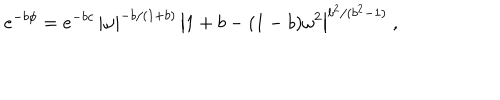
e ^ { - b \phi } = e ^ { - b c } \, { \left| \omega \right| } ^ { - b / ( 1 + b ) } \, { \left| 1 + b - ( 1 - b ) \omega ^ { 2 } \right| } ^ { b ^ { 2 } / ( b ^ { 2 } - 1 ) } \ ,